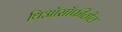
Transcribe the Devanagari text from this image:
थिऑसॉफीतील